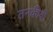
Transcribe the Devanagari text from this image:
तनकीदी